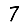
Digit: 7